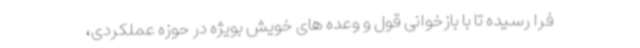
فرا رسیده تا با بازخوانی قول و وعده های خویش بویژه در حوزه عملکردی،